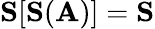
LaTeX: \mathbf{S}[\mathbf{S}(\mathbf{A})]=\mathbf{S}